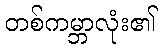
တစ်ကမ္ဘာလုံး၏